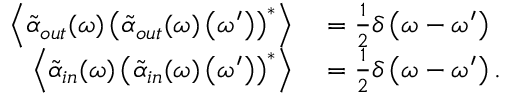
\begin{array} { r l } { \left\langle \tilde { \alpha } _ { o u t } ( \omega ) \left( \tilde { \alpha } _ { o u t } ( \omega ) \left( \omega ^ { \prime } \right) \right) ^ { * } \right\rangle } & { { } = \frac { 1 } { 2 } \delta \left( \omega - \omega ^ { \prime } \right) } \\ { \left\langle \tilde { \alpha } _ { i n } ( \omega ) \left( \tilde { \alpha } _ { i n } ( \omega ) \left( \omega ^ { \prime } \right) \right) ^ { * } \right\rangle } & { { } = \frac { 1 } { 2 } \delta \left( \omega - \omega ^ { \prime } \right) . } \end{array}